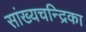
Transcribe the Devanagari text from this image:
सांख्‍यचन्द्रिका